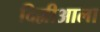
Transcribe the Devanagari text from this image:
दिल्लीआला